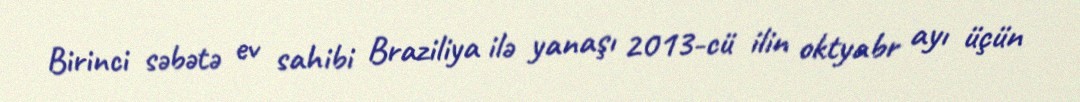
Birinci səbətə ev sahibi Braziliya ilə yanaşı 2013-cü ilin oktyabr ayı üçün